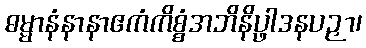
ဓမ္မာနံနာနာဧကံကိစ္စံအဘိနိပ္ဖာဒနပဉှာ၊